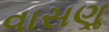
વાસણૢ